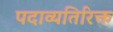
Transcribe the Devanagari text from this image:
पदाव्यतिरिक्त